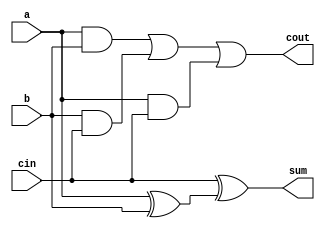
module full_adder (input a, input b, input cin, output sum, output cout);

wire w1, w2, w3, w4, w5;

and a1 (w1, a, b), a2 (w2, b, cin), a3 (w3, a, cin);

or o1 (w4, w1, w2), o2 (cout, w4, w3);

xor x1 (w5, a, b), x2 (sum, cin, w5);



endmodule